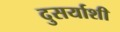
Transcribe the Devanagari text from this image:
दुसर्याशी